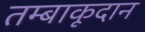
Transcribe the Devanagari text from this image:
तम्बाकूदान